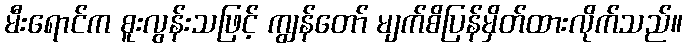
မီးရောင်က စူးလွန်းသဖြင့် ကျွန်တော် မျက်စိပြန်မှိတ်ထားလိုက်သည်။